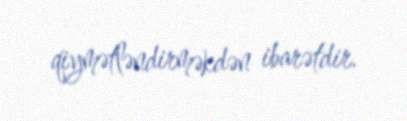
qiymətləndirməkdən ibarətdir.